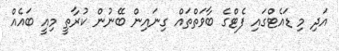
އަދި މި ޑައެޓްގައި ފެޓްގެ ބާވަތްތައް ގިނައިން ބޭނުން ކުރާތީ މިއީ ބައެއް